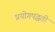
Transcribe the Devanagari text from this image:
प्रयोगपद्धती